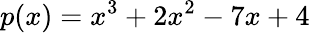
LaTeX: p(x)=x^{3}+2x^{2}-7x+4